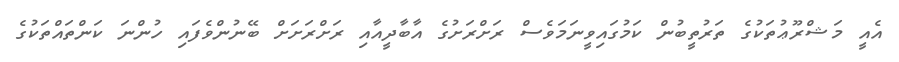
އެއީ މަޝްރޫޢުތަކުގެ ތަރުތީބުން ކަމުގައިވީނަމަވެސް ރަށްރަށުގެ އާބާދީއާއި ރަށްރަށަށް ބޭނުންވެފައި ހުންނަ ކަންތައްތަކުގެ